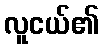
လူငယ်၏